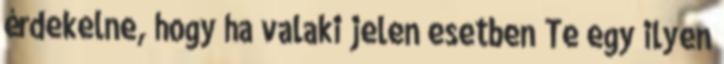
érdekelne, hogy ha valaki jelen esetben Te egy ilyen